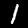
Label: 1